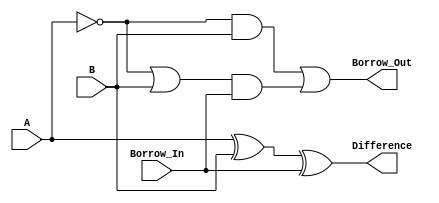
module FullSubtractor (
    input A,
    input B,
    input Borrow_In,
    output Difference,
    output Borrow_Out
);

assign Difference = (A ^ B) ^ Borrow_In;
assign Borrow_Out = (~A & B) | ((~A | B) & Borrow_In);

endmodule